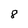
Character: 8